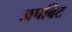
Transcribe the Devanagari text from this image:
अपबिट